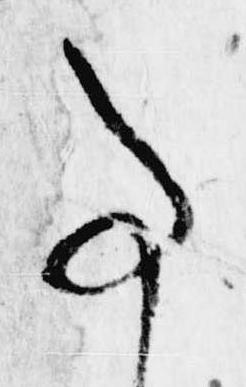
事